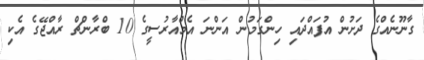
ގާނޫނެއްގެ ދަށުން އުފައްދައި ހިންގަމުން އަންނަ އެމްއާރުސީގެ 10 ބްރާންޗް ރާއްޖޭގެ އެކި